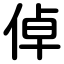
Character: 倬